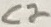
Text: C2